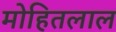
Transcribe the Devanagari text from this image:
मोहितलाल